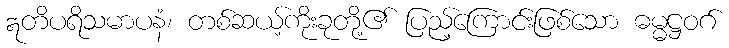
ဣတိပရိသမာပနံ၊ တစ်ဆယ့်ကိုးခုတို့၏ ပြည့်ကြောင်းဖြစ်သော ဓမ္မဋ္ဌဝဂ်